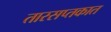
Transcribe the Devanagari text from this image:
तारसप्तकात